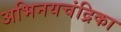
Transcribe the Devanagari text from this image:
अभिनयचंद्रिका